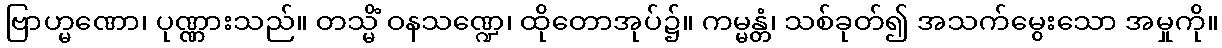
ဗြာဟ္မဏော၊ ပုဏ္ဏားသည်။ တသ္မိံ ဝနသဏ္ဍေ၊ ထိုတောအုပ်၌။ ကမ္မန္တံ၊ သစ်ခုတ်၍ အသက်မွေးသော အမှုကို။